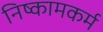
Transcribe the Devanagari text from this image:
निष्कामकर्म